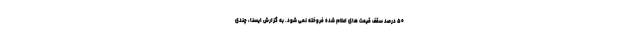
۵۰ درصد سقف قیمت های اعلام شده فروخته نمی شود. به گزارش ایسنا، چندی